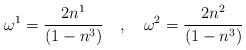
LaTeX: \begin{align*}\omega^{1}=\frac{2 n^{1}}{(1-n^{3})} \quad , \quad \omega^{2}=\frac{2 n^{2}}{(1-n^{3})}\end{align*}